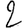
Digit: 2